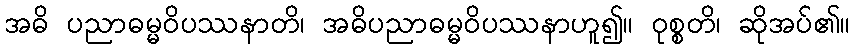
အဓိ ပညာဓမ္မဝိပဿနာတိ၊ အဓိပညာဓမ္မဝိပဿနာဟူ၍။ ဝုစ္စတိ၊ ဆိုအပ်၏။